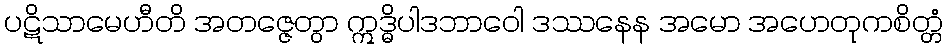
ပဋိသာမေဟီတိ အတဇ္ဇေတွာ ဣဒ္ဓိပါဒဘာဝေါ ဒဿနေန အမော အဟေတုကစိတ္တံ